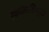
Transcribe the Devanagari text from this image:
स्कॉलरशिपमुळे